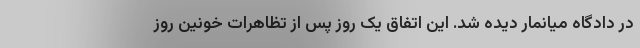
در دادگاه میانمار دیده شد. این اتفاق یک روز پس از تظاهرات خونین روز